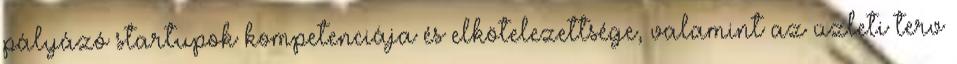
pályázó startupok kompetenciája és elkötelezettsége, valamint az üzleti terv